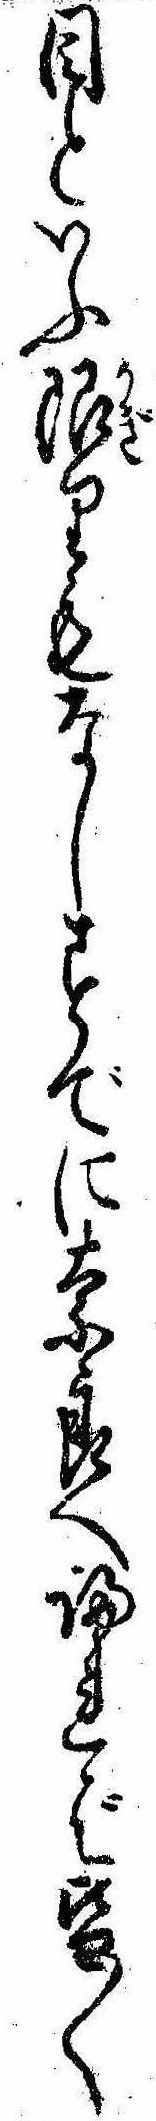
目といふ限りもなしすでに奈良へ帰れば皆〱